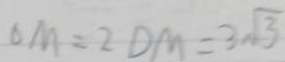
O M = 2 D M = 3 \sqrt { 3 }